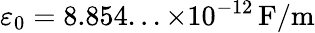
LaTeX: \varepsilon_{0}=8.854...\times 10^{-12}\, {\mathrm{F/m}}